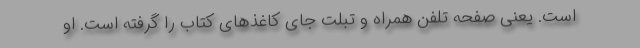
است. یعنی صفحه تلفن همراه و تبلت جای کاغذهای کتاب را گرفته است. او